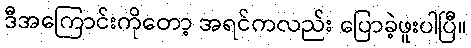
ဒီအကြောင်းကိုတော့ အရင်ကလည်း ပြောခဲ့ဖူးပါပြီ။